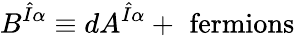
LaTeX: B^{\hat{I}\alpha}\equiv dA^{\hat{I}\alpha}+\mathrm{\, \, fermions}